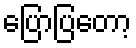
ပြောပြတော့